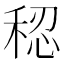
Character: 𫀷